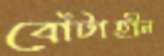
বোঁটাহীন